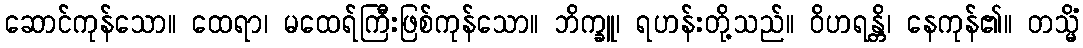
ဆောင်ကုန်သော။ ထေရာ၊ မထေရ်ကြီးဖြစ်ကုန်သော။ ဘိက္ခူ၊ ရဟန်းတို့သည်။ ဝိဟရန္တိ၊ နေကုန်၏။ တသ္မိံ